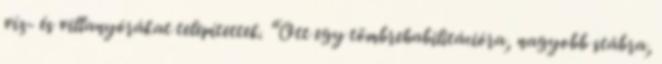
víz- és villanyórákat telepítettek. “Ott egy tömbrehabilitációra, nagyobb stábra,